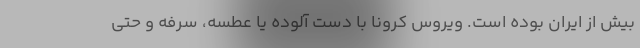
بیش از ایران بوده است. ویروس کرونا با دست آلوده یا عطسه، سرفه و حتی